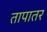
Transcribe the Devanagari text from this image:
तापातर